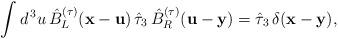
LaTeX: \begin{align*}\int d^{\, 3} u \, \hat{B}_L^{(\tau)} ({\bf x} - {\bf u}) \, \hat{\tau}_3 \, \hat{B}_R^{(\tau)} ({\bf u} - {\bf y}) = \hat{\tau}_3 \, \delta ({\bf x} - {\bf y}) , \end{align*}